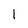
Character: l